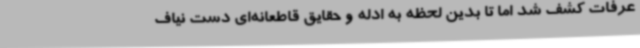
عرفات کشف شد اما تا بدین لحظه به ادله و حقایق قاطعانه‌ای دست نیاف